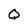
Character: Q